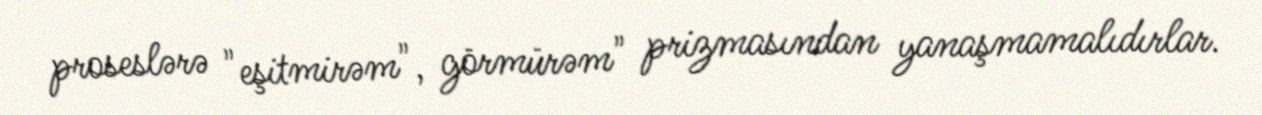
proseslərə "eşitmirəm", görmürəm" prizmasından yanaşmamalıdırlar.